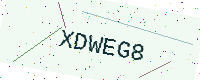
Text: XDWEG8